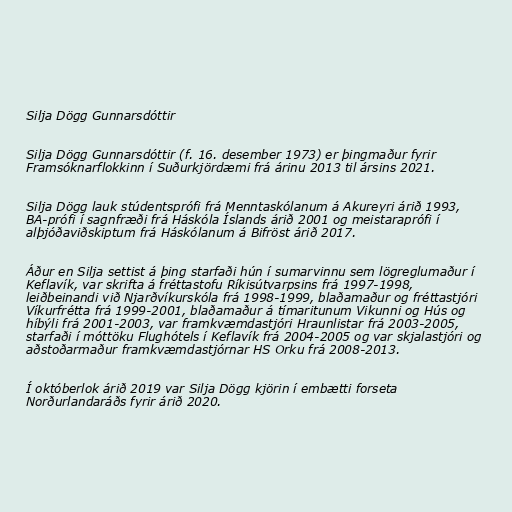
Silja Dögg Gunnarsdóttir

Silja Dögg Gunnarsdóttir (f. 16. desember 1973) er þingmaður fyrir
Framsóknarflokkinn í Suðurkjördæmi frá árinu 2013 til ársins 2021.

Silja Dögg lauk stúdentsprófi frá Menntaskólanum á Akureyri árið 1993,
BA-prófi í sagnfræði frá Háskóla Íslands árið 2001 og meistaraprófi í
alþjóðaviðskiptum frá Háskólanum á Bifröst árið 2017.

Áður en Silja settist á þing starfaði hún í sumarvinnu sem lögreglumaður í
Keflavík, var skrifta á fréttastofu Ríkisútvarpsins frá 1997-1998,
leiðbeinandi við Njarðvíkurskóla frá 1998-1999, blaðamaður og fréttastjóri
Víkurfrétta frá 1999-2001, blaðamaður á tímaritunum Vikunni og Hús og
híbýli frá 2001-2003, var framkvæmdastjóri Hraunlistar frá 2003-2005,
starfaði í móttöku Flughótels í Keflavík frá 2004-2005 og var skjalastjóri og
aðstoðarmaður framkvæmdastjórnar HS Orku frá 2008-2013.

Í októberlok árið 2019 var Silja Dögg kjörin í embætti forseta
Norðurlandaráðs fyrir árið 2020.